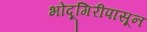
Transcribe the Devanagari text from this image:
भोंदूगिरीपासून